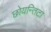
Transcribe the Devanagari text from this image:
छोयन्तिटा